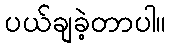
ပယ်ချခဲ့တာပါ။